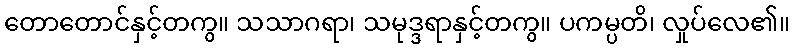
တောတောင်နှင့်တကွ။ သသာဂရာ၊ သမုဒ္ဒရာနှင့်တကွ။ ပကမ္ပတိ၊ လှုပ်လေ၏။